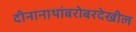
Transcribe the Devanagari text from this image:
दीनानाथांबरोबरदेखील